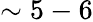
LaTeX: \sim{5-6}